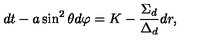
d t - a \sin ^ { 2 } \theta d \varphi = K - \frac { \Sigma _ { d } } { \Delta _ { d } } d r ,